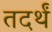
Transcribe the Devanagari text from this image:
तदर्थं